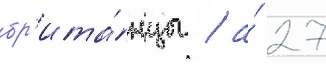
бр'ита́нцы / а́ 27